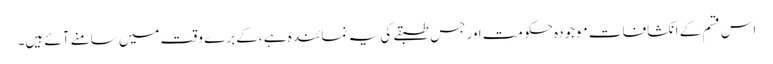
اس قسم کے انکشافات موجودہ حکومت اور جس طبقے کی یہ نمائندہ ہے ،کے برے وقت میں سامنے آئے ہیں۔